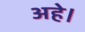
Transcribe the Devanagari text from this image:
अहे।